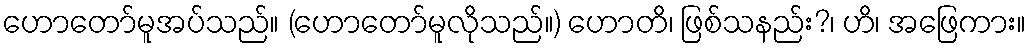
ဟောတော်မူအပ်သည်။ (ဟောတော်မူလိုသည်။) ဟောတိ၊ ဖြစ်သနည်း?၊ ဟိ၊ အဖြေကား။